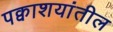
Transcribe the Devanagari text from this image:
पक्वाशयांतील